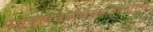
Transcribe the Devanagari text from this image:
पट्टवस्त्रंचकौशेयंमांजिष्ठंश्वेतवस्त्रकं